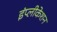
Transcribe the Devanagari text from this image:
इंप्लीकेशन